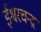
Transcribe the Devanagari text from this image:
ईश्वरचन्द्र